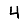
Digit: 4